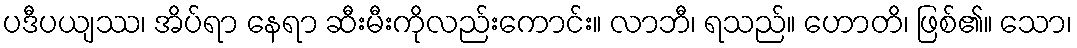
ပဒီပယျဿ၊ အိပ်ရာ နေရာ ဆီးမီးကိုလည်းကောင်း။ လာဘီ၊ ရသည်။ ဟောတိ၊ ဖြစ်၏။ သော၊